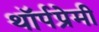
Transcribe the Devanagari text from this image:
थॉर्पप्रेमी